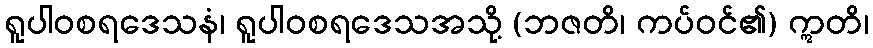
ရူပါဝစရဒေသနံ၊ ရူပါဝစရဒေသအသို့ (ဘဇတိ၊ ကပ်ဝင်၏) ဣတိ၊